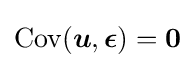
\mathrm {Cov} ({\boldsymbol {u}},{\boldsymbol {\epsilon }})={\boldsymbol {0}}